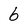
Character: 6